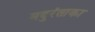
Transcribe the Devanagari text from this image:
मदुरंताका